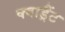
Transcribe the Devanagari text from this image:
क्वाड्रैंट